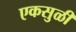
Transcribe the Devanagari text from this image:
एकसुळी